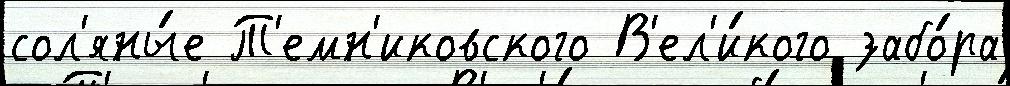
сол'яны́е Т'емн'иковского В'ел'и́кого забо́ра